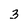
Character: 3